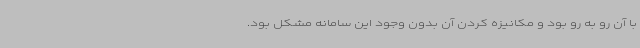
با آن رو به رو بود و مکانیزه کردن آن بدون وجود این سامانه مشکل بود.